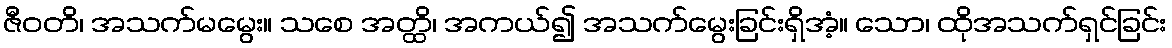
ဇီဝတိ၊ အသက်မမွေး။ သစေ အတ္ထိ၊ အကယ်၍ အသက်မွေးခြင်းရှိအံ့။ သော၊ ထိုအသက်ရှင်ခြင်း